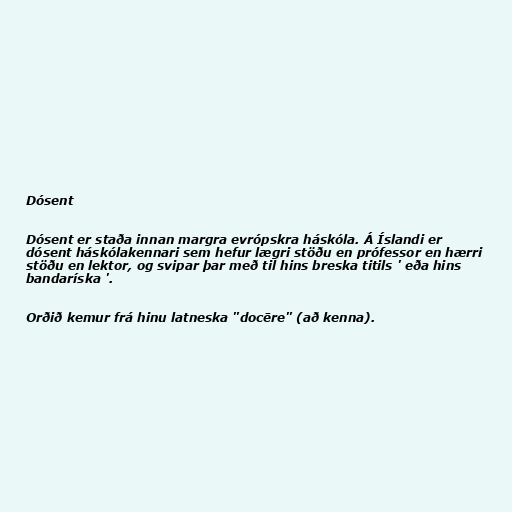
Dósent

Dósent er staða innan margra evrópskra háskóla. Á Íslandi er
dósent háskólakennari sem hefur lægri stöðu en prófessor en hærri
stöðu en lektor, og svipar þar með til hins breska titils ' eða hins
bandaríska '.

Orðið kemur frá hinu latneska "docēre" (að kenna).